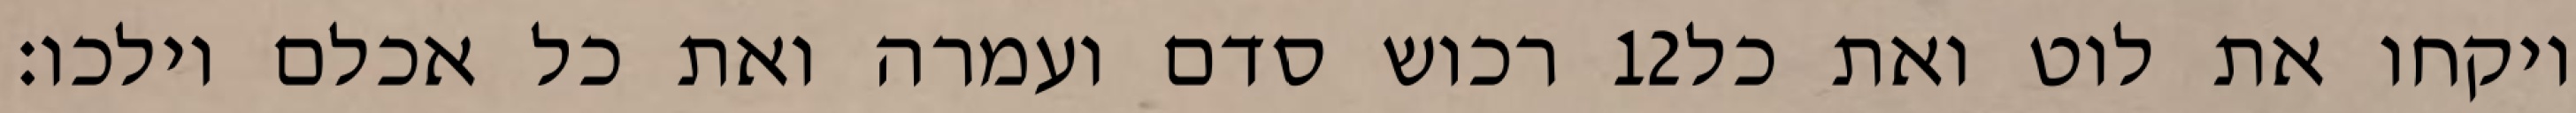
רכוש סדם ועמרה ואת כל אכלם וילכו׃ ‎12‏ ויקחו את לוט ואת כל